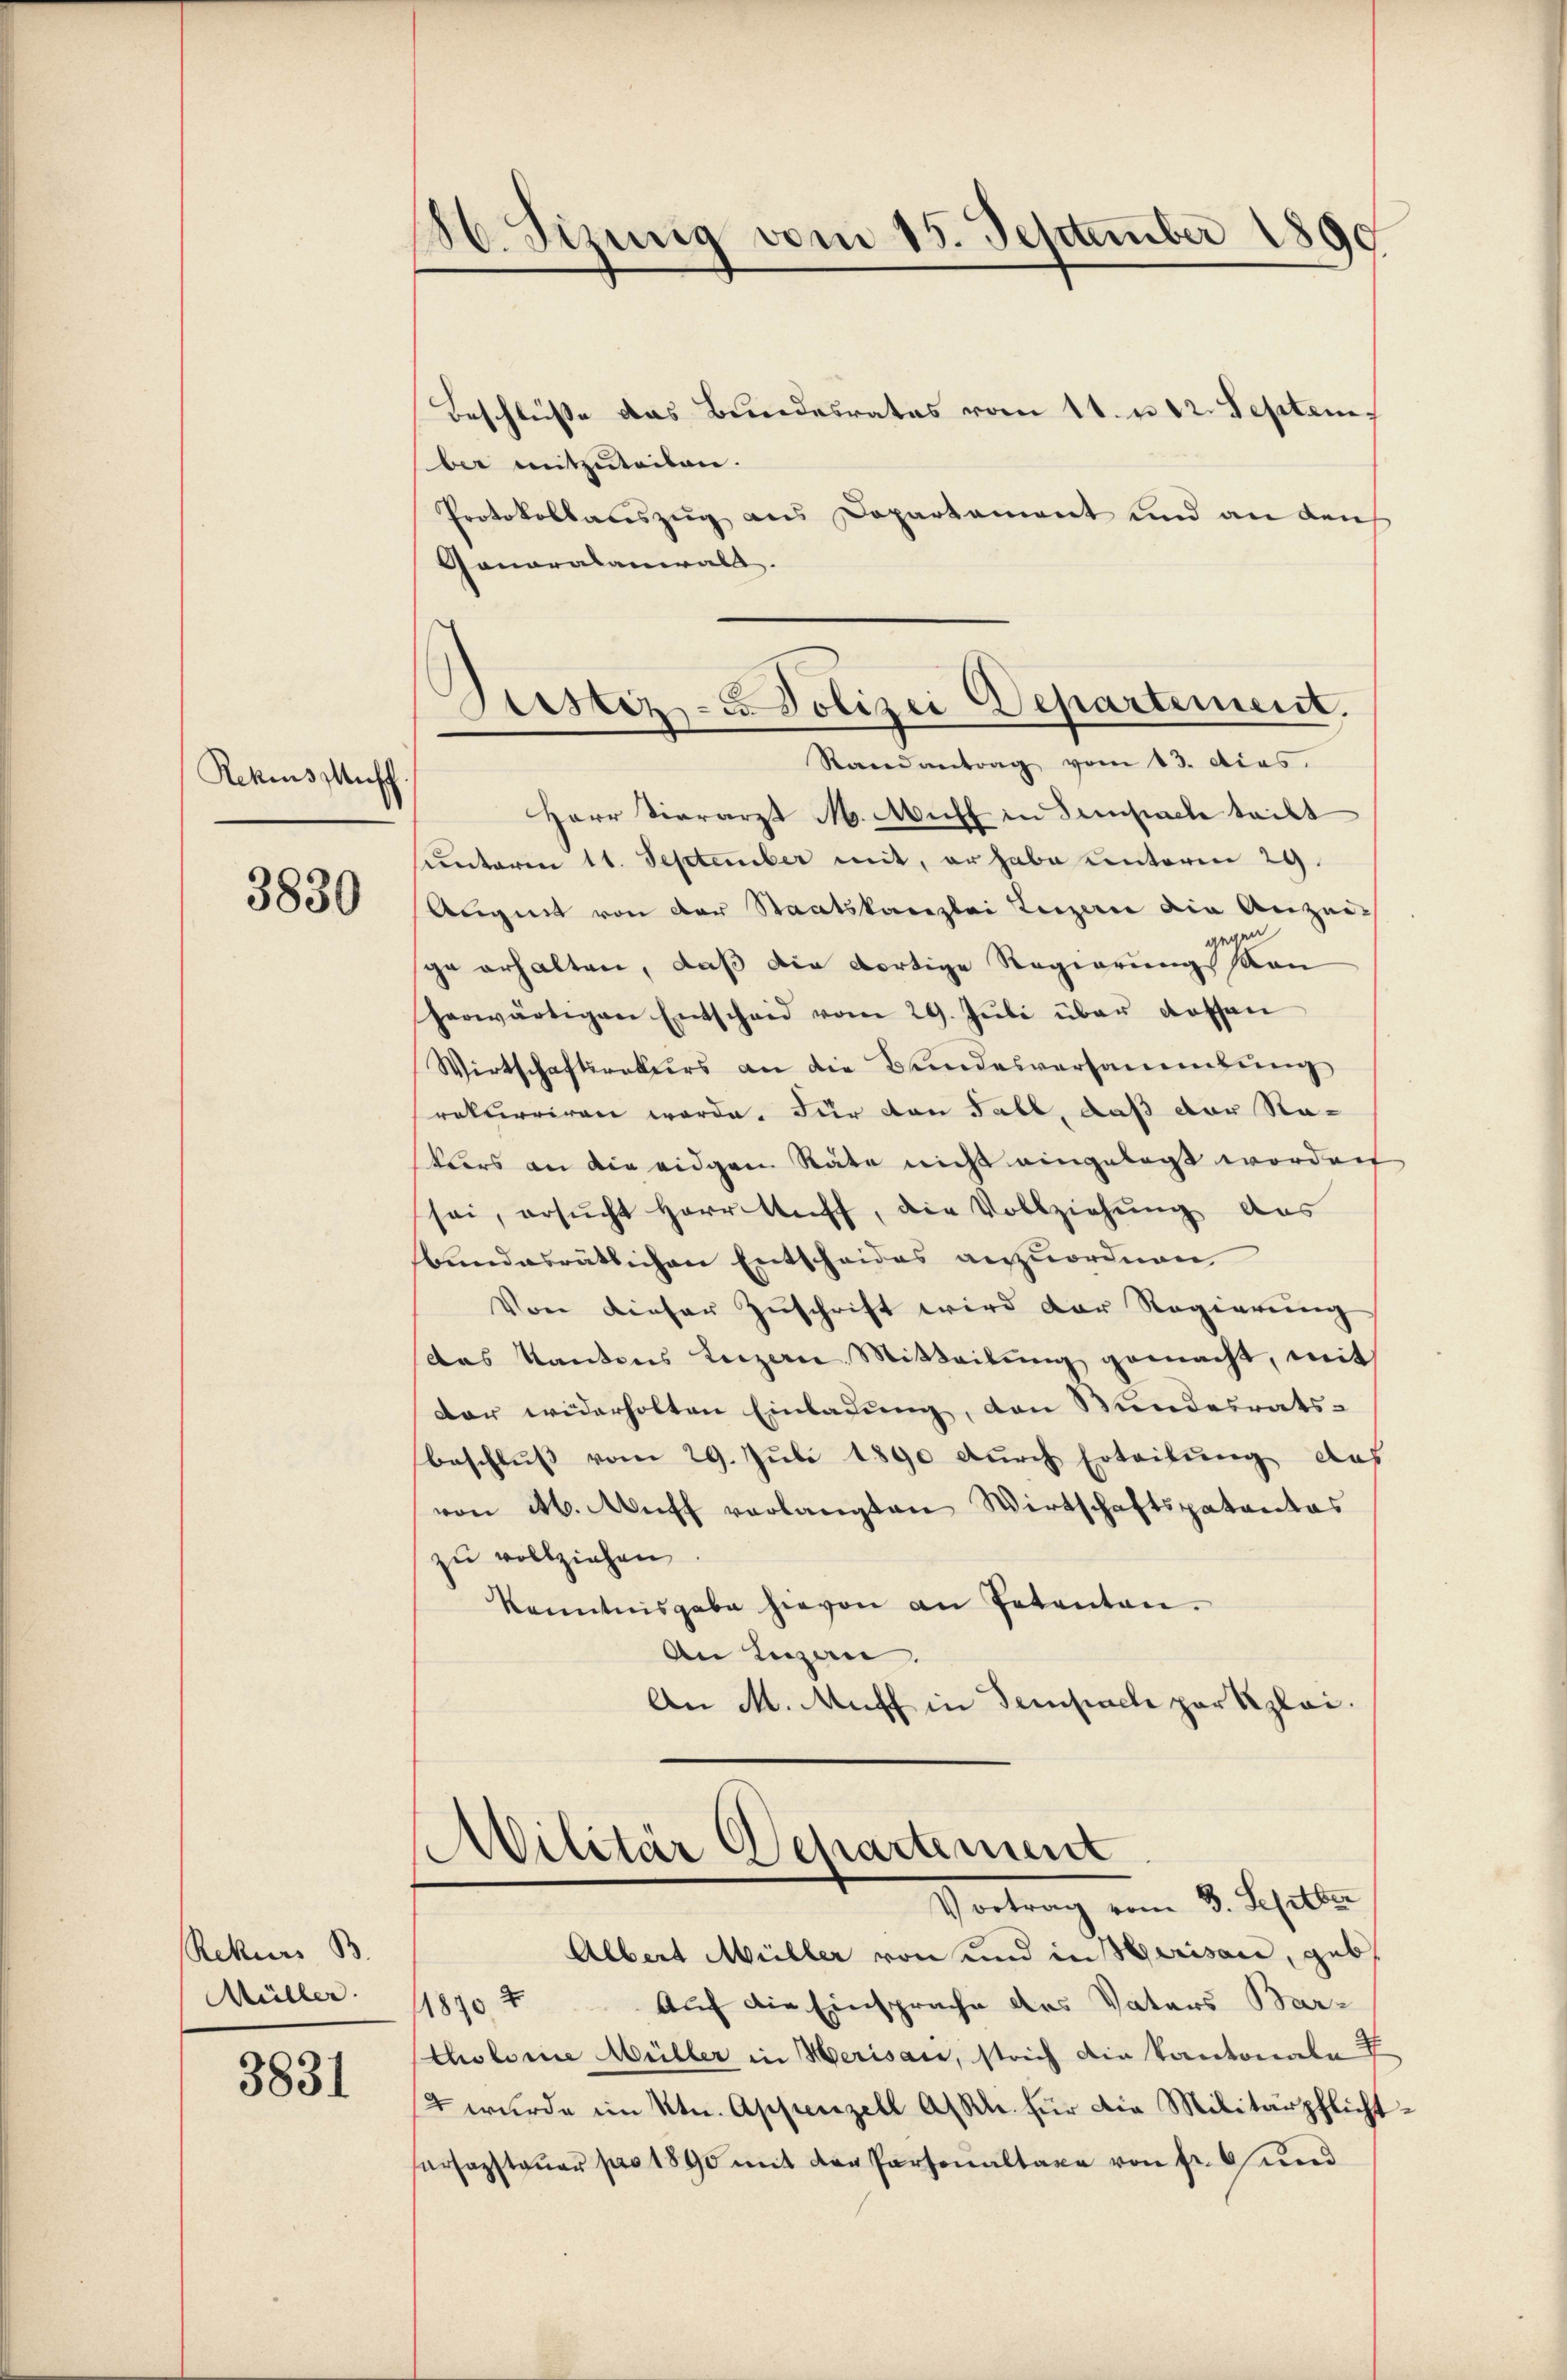
Rekius suff

3830

Rekurs B
Müller.

3831

86. Sizung vom 15. September 1890

Bustiz- u. Polizei Departement.
Randantrag vom 13. dies

Beschlüsse das Bundesrates vom 11. u 12. September mitzuteilen.
Protokollauszug aus Departement und an den
Gonoralaniralt.
Herr Vierarzt M. Muff in Sempach teilt
unterm 11. September mit, er habe unterm 29.
Augnet von der Staatskanzlei Luzern die Anzeigegen
ge erhalten, daß die dortige Regierung Man
herwärtigen Entscheid vom 29. Jŭli über dassen
Wirtschaftsrekurs an die Bundesversammlung
rekurriren werde. Für von Fall, daß der Natars an die eidgen Räte nicht eingelegt worden
sei, ersucht Herr Raff, die Vollziehung des
bundesrätlichen Entscheides anzuordnen
Von dieser Zuschrift wird der Regierung
das Kantons Luzern Mitteilung gemacht, mit
der widerholten Einladung, den Wundesrats-
beschluss vom 29. Juli 1890 durch Erteilung des
von ab. Auff verlangten Wirtschaftspatentas
zu vollziehen
kenntnisgabe hievon an Petenten.
An Lugan
An M. Auff in Sempach par Kzlai.

Militär Departement
Vortrag vom 3. Septbr

Albert Müller von und in Merisau, geb.
1870 t Auf die Einsprache des Vaters Bar-
tholome Müller in Herisace, strich die Kantonenen I
Es wurde im Ktn. Appenzell A/Rh. für die Militärpflichterfassteŭer pro 1890 mit der Personaltaxe von fr. 6 und